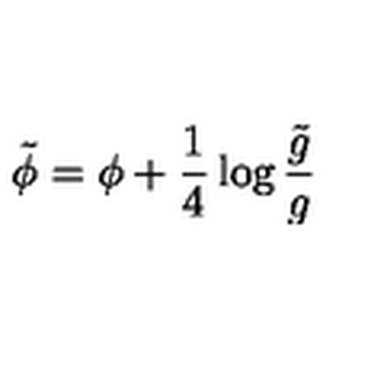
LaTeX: \tilde { \phi } = \phi + \frac { 1 } { 4 } \log \frac { \tilde { g } } { g }